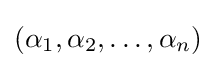
(\alpha _{1},\alpha _{2},\ldots ,\alpha _{n})